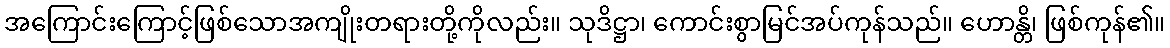
အကြောင်းကြောင့်ဖြစ်သောအကျိုးတရားတို့ကိုလည်း။ သုဒိဋ္ဌာ၊ ကောင်းစွာမြင်အပ်ကုန်သည်။ ဟောန္တိ၊ ဖြစ်ကုန်၏။